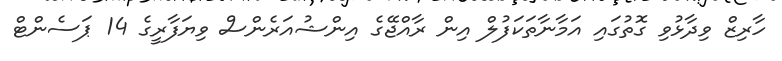
ހާރިޒް ވިދާޅުވި ގޮތުގައި އަމާނާތަކަފުލް އިން ރާއްޖޭގެ އިންޝުއަރެންސް ވިޔަފާރީގެ 14 ޕަސެންޓް